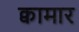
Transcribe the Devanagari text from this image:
क्वामार